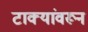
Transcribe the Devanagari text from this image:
टाक्यांवरून